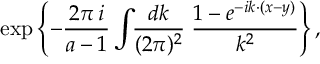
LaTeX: \exp \left\{ - \frac { 2 \pi \, i } { a - 1 } \int \! \! \frac { d k } { ( 2 \pi ) ^ { 2 } } \; \frac { 1 - e ^ { - i k { \cdotp } ( x - y ) } } { k ^ { 2 } } \right\} ,